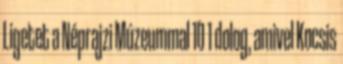
Ligetet a Néprajzi Múzeummal 10 1 dolog, amivel Kocsis